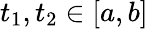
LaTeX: t_{1},t_{2}\in[a,b]